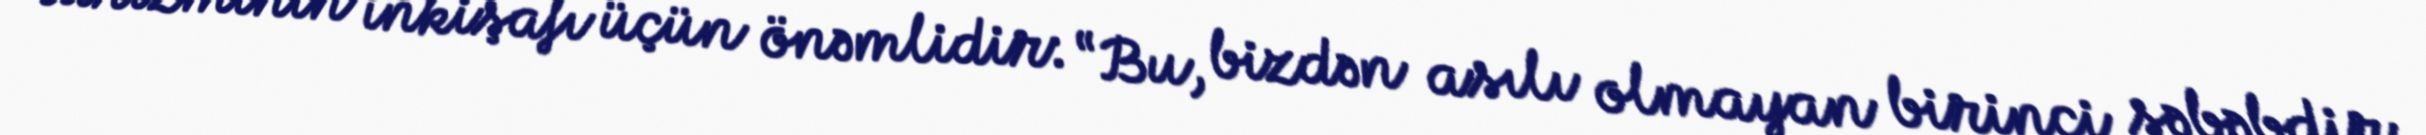
turizminin inkişafı üçün önəmlidir: “Bu, bizdən asılı olmayan birinci səbəbdir.